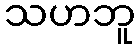
သဟဘူ